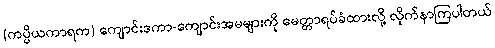
(ကပ္ပိယကာရက) ကျောင်းဒကာ-ကျောင်းအမများကို မေတ္တာရပ်ခံထားလို့ လိုက်နာကြပါတယ်